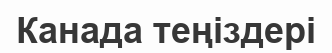
Канада теңіздері